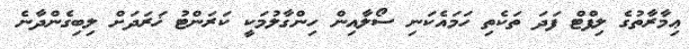
ޢިމާރާތުގެ ލިފްޓް ފަދަ ތަކެތި ހަމައެކަނި ސޯލާއިން ހިންގާލުމަކީ ކަރަންޓު ޚަރަދަށް ލިބިގެންދާނެ